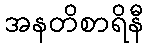
အနတိစာရိနီ